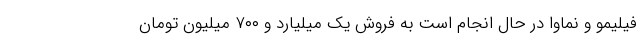
فیلیمو و نماوا در حال انجام است به فروش یک میلیارد و ۷۰۰ میلیون تومان